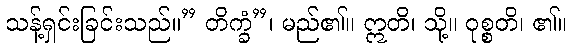
သန့်ရှင်းခြင်းသည်။” တိက္ခံ”၊ မည်၏။ ဣတိ၊ သို့။ ဝုစ္စတိ၊ ၏။